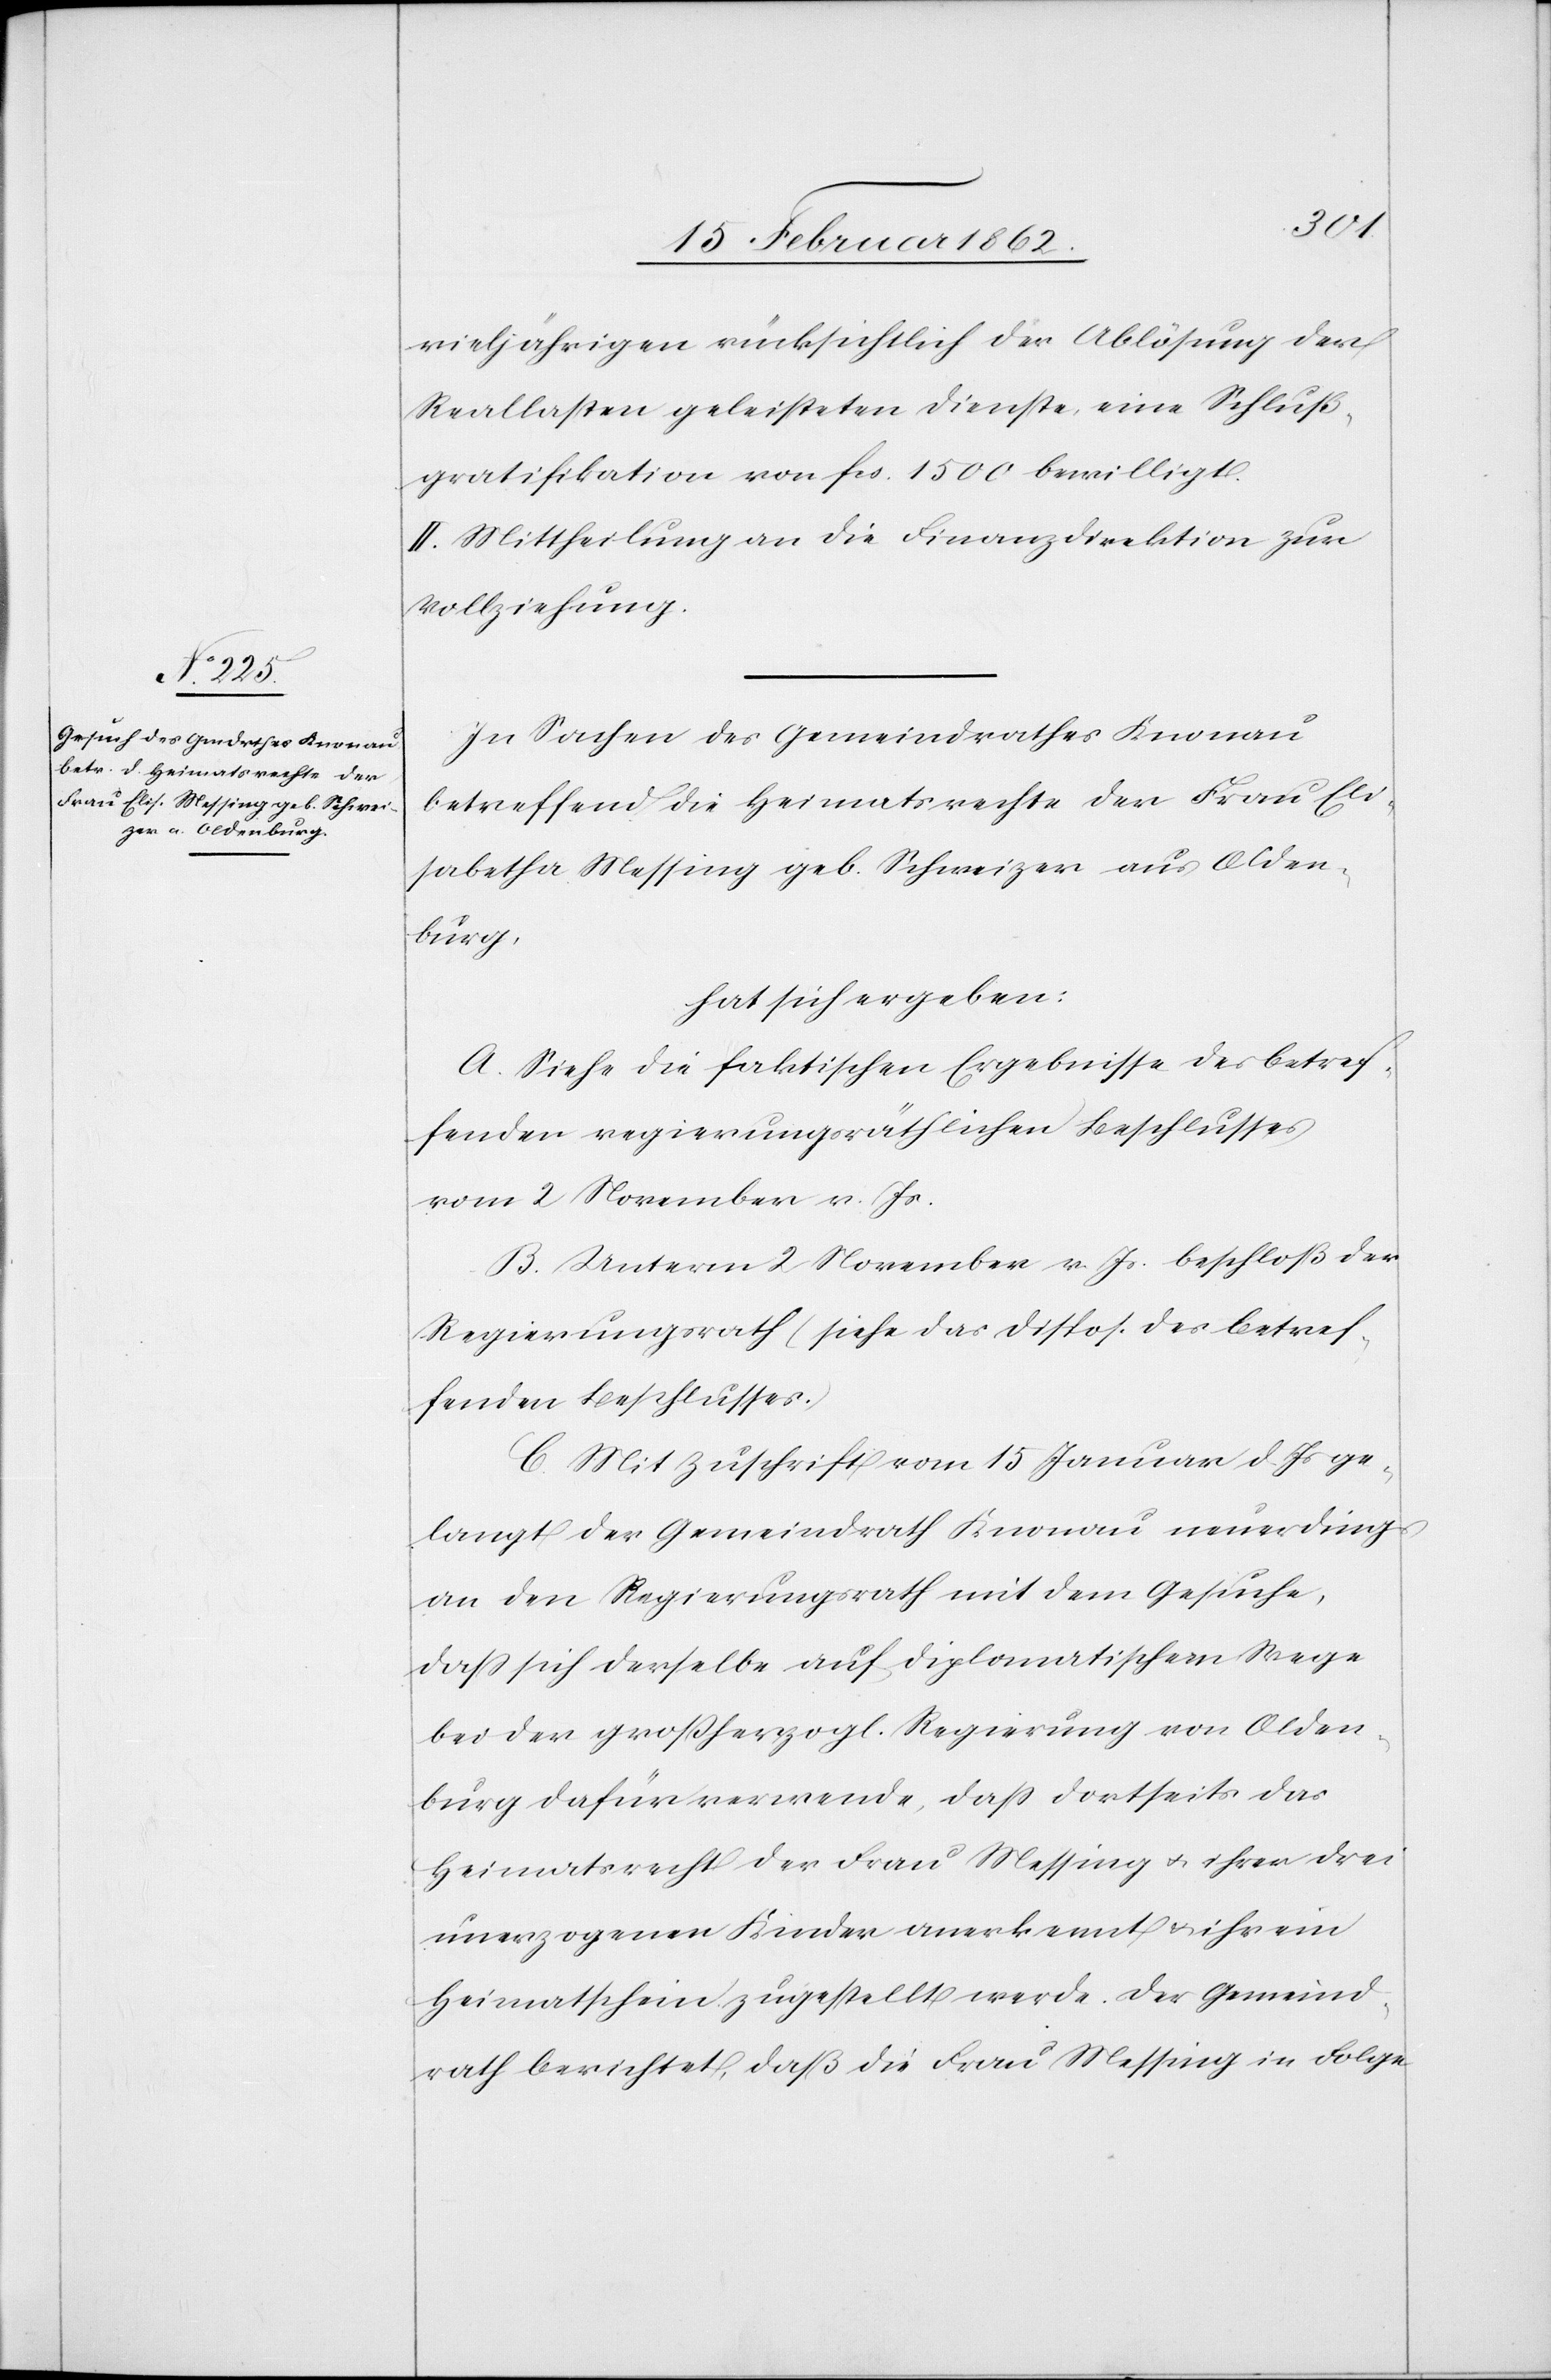
vieljährigen rücksichtlich der Ablösung der
Reallasten geleisteten Dienste eine Schluß¬
gratifikation von fcs. 1500 bewilligt.
II. Mittheilung an die Finanzdirektion zur
Vollziehung.
In Sachen des Gemeindrathes Knonau
betreffend die Heimatsrechte der Frau Eli¬
sabetha Messing geb. Schweizer aus Olden¬
burg,
hat sich ergeben:
A. Siehe die faktischen Ergebnisse des betref¬
fenden regierungsräthlichen Beschlusses
vom 2 November v. Js.
B. Unterm 2 November v. Js. beschloß der
Regierungsrath (siehe das Dispos. des betref¬
fenden Beschlusses.)
C. Mit Zuschrift vom 15 Januar d. Js ge¬
langt der Gemeindrath Knonau neuerdings
an den Regierungsrath mit dem Gesuche,
daß sich derselbe auf diplomatischem Wege
bei der großherzogl. Regierung von Olden¬
burg dafür verwende, daß dortseits das
Heimatsrecht der Frau Messing u. iher drei
unerzogenen Kinder anerkennt & ihr ein
Heimatschein zugestellt werde. Der Gemeind¬
rath berichtet, daß die Frau Messing in Folge